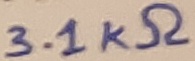
Text: 3.1KΩ